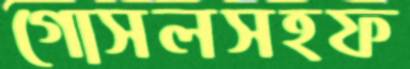
গোসলসহফ